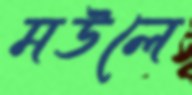
মউলে